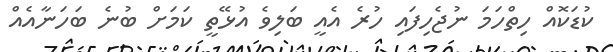
ކުޑަކޮއް ހިތްހަމަ ނުޖެހިފައި ހުރެ އެއީ ބަލިވެ އުޅޭތީ ކަމަށް ބުނެ ބަހަނާއެއް